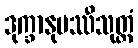
ဒုက္ခာနုပဿီသုတ္တံ